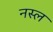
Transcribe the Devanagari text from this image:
नस्‍ल